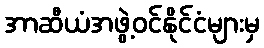
အာဆီယံအဖွဲ့ဝင်နိုင်ငံများမှ